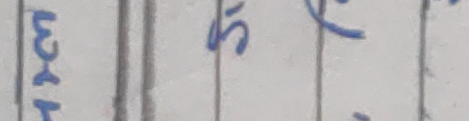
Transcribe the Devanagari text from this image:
३५९